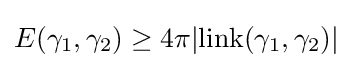
E(\gamma _{1},\gamma _{2})\geq 4\pi |{\rm {link}}(\gamma _{1},\gamma _{2})|